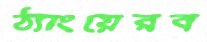
ঠ্যাংয়েরব